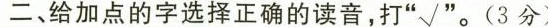
二、给加点的字选择正确的读音，打”√”。(3分)